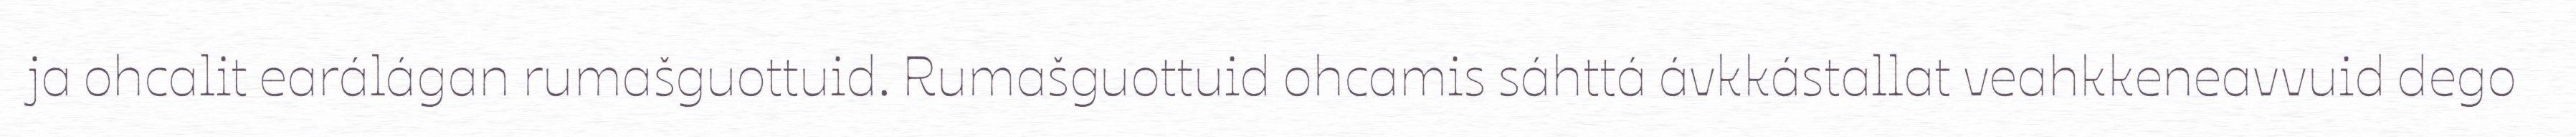
ja ohcalit earálágan rumašguottuid. Rumašguottuid ohcamis sáhttá ávkkástallat veahkkeneavvuid dego